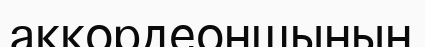
аккордеоншының